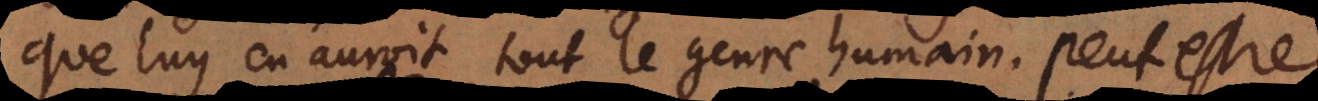
que luy en auroit tout le genre humain. Peutestre